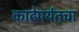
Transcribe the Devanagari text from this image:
काढेपर्यंतचा